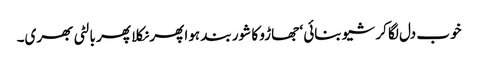
خوب دل لگا کر شیو بنائی ‘ جھاڑو کا شور بند ہوا پھر نکلا پھر بالٹی بھری۔